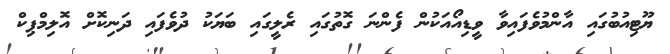
ޔޫޓިއުބުގައި އާންމުވެފައިވާ ވީޑިއޯއަކުން ފެންނަ ގޮތުގައި ރެލީގައި ބަޔަކު ދުވެފައި ދަނިކޮށް އޮލިމްޕިކް